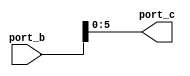
module ASG_MS_RTRU ( port_b, port_c);
   input [6:0] port_b;
   output [5:0] port_c;
   reg [5:0] port_c;
   always @(port_b)
   begin
      port_c = port_b;
   end
endmodule